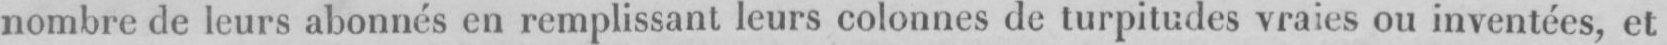
nombre de leurs abonnés en remplissant leurs colonnes de turpitudes vraies ou inventées, et